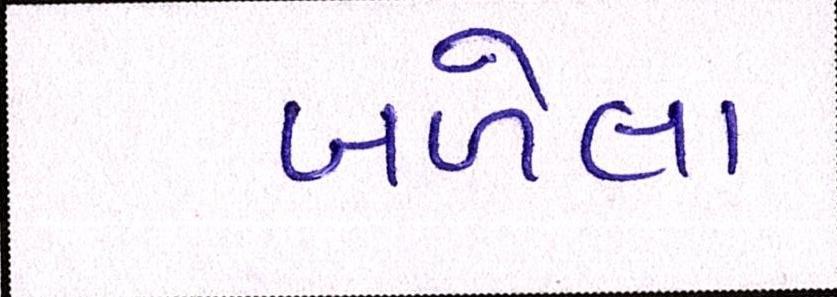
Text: બળેલા